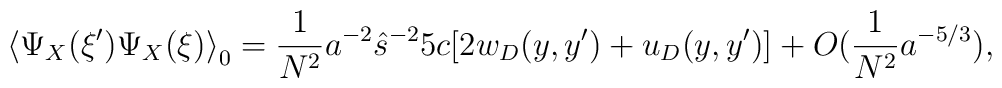
\left\langle\Psi_X(\xi')\Psi_X(\xi) \right\rangle_0=  \frac{1}{N^2}a^{-2}\hat{s}^{-2}5c[2w_D(y,y')+u_D(y,y')]   +O(\frac{1}{N^2}a^{-5/3}),